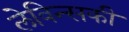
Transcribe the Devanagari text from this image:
लेविन्सकी